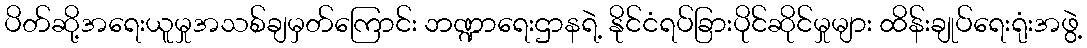
ပိတ်ဆို့အရေးယူမှုအသစ်ချမှတ်ကြောင်း ဘဏ္ဍာရေးဌာနရဲ့ နိုင်ငံရပ်ခြားပိုင်ဆိုင်မှုများ ထိန်းချုပ်ရေးရုံးအဖွဲ့